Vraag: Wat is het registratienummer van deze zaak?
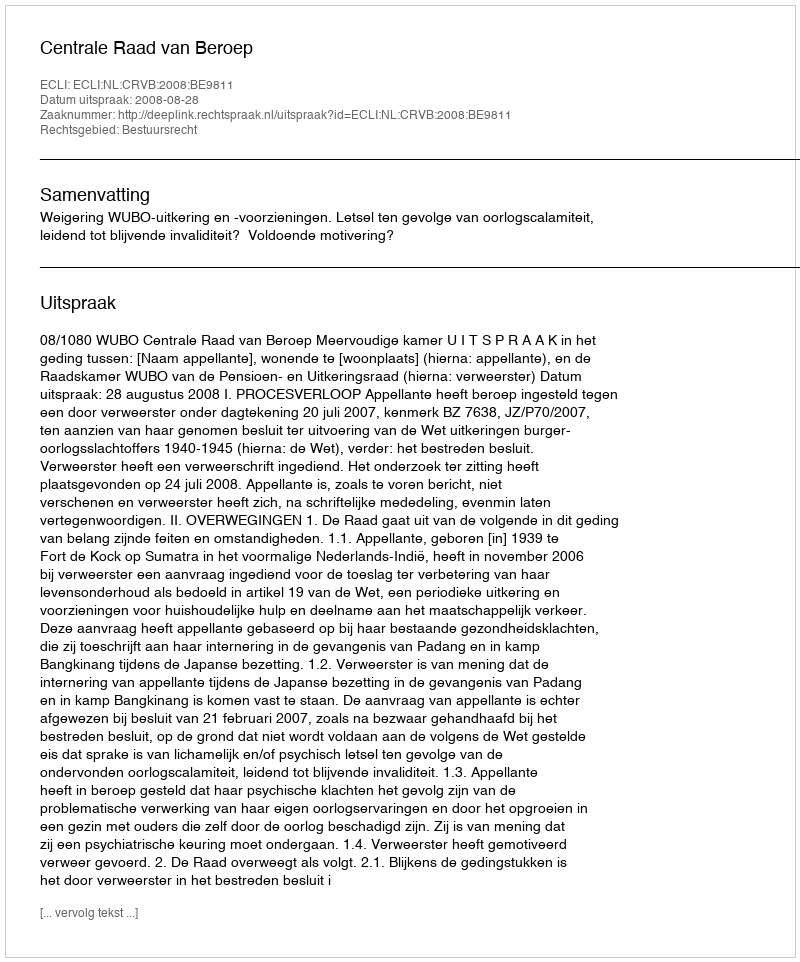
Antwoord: http://deeplink.rechtspraak.nl/uitspraak?id=ECLI:NL:CRVB:2008:BE9811